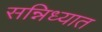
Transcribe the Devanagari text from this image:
सन्निध्यात